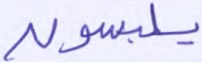
يلبسون